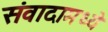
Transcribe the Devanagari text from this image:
संवादामध्ये